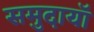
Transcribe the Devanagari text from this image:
समुदायॉ